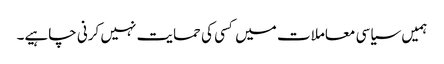
‏ ہمیں سیاسی معاملات میں کسی کی حمایت نہیں کرنی چاہیے۔